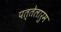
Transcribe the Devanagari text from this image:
पत्तेलारुम